Elephants and their diseases
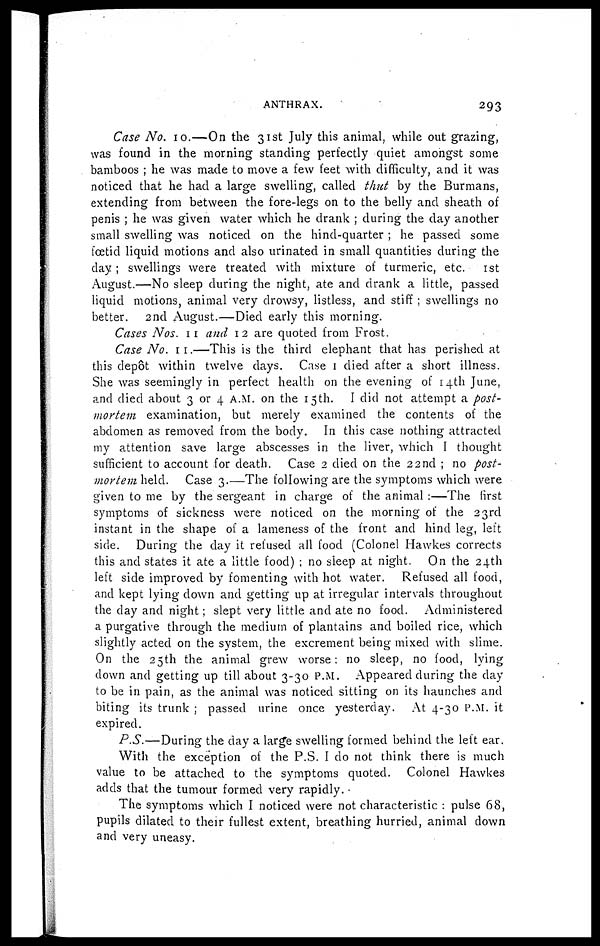
ANTHRAX.
293
Case No. 10.—On the 31st July this animal, while out grazing,
was found in the morning standing perfectly quiet amongst some
bamboos ; he was made to move a few feet with difficulty, and it was
noticed that he had a large swelling, called thut by the Burmans,
extending from between the fore-legs on to the belly and sheath of
penis ; he was given water which he drank ; during the day another
small swelling was noticed on the hind-quarter ; he passed some
foetid liquid motions and also urinated in small quantities during the
day ; swellings were treated with mixture of turmeric, etc. 1st
August.—No sleep during the night, ate and drank a little, passed
liquid motions, animal very drowsy, listless, and stiff ; swellings no
better. 2nd August.—Died early this morning.
Cases Nos. 11 and 12 are quoted from Frost.
Case No. 11.—This is the third elephant that has perished at
this depot within twelve days. Case 1 died after a short illness.
She was seemingly in perfect health on the evening of 14th June,
and died about 3 or 4 A.M. on the 15th. I did not attempt a post-
mortem examination, but merely examined the contents of the
abdomen as removed from the body. In this case nothing attracted
my attention save large abscesses in the liver, which I thought
sufficient to account for death. Case 2 died on the 22nd ; no post-
mortem held. Case 3.—The following are the symptoms which were
given to me by the sergeant in charge of the animal :—The first
symptoms of sickness were noticed on the morning of the 23rd
instant in the shape of a lameness of the front and hind leg, left
side. During the day it refused all food (Colonel Hawkes corrects
this and states it ate a little food) ; no sleep at night. On the 24th
left side improved by fomenting with hot water. Refused all food,
and kept lying down and getting up at irregular intervals throughout
the day and night ; slept very little and ate no food. Administered
a purgative through the medium of plantains and boiled rice, which
slightly acted on the system, the excrement being mixed with slime.
On the 25th the animal grew worse : no sleep, no food, lying
down and getting up till about 3-30 P.M. Appeared during the day
to be in pain, as the animal was noticed sitting on its haunches and
biting its trunk ; passed urine once yesterday. At 4-30 P.M. it
expired.
P.S.—During the day a large swelling formed behind the left ear.
With the exception of the P.S. I do not think there is much
value to be attached to the symptoms quoted. Colonel Hawkes
adds that the tumour formed very rapidly.
The symptoms which I noticed were not characteristic : pulse 68,
pupils dilated to their fullest extent, breathing hurried, animal down
and very uneasy.